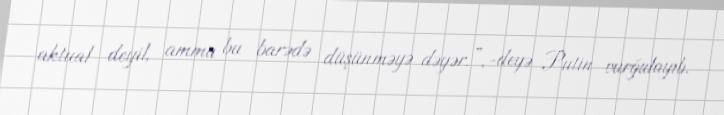
aktual deyil, amma bu barədə düşünməyə dəyər.”,-deyə Putin vurğulayıb.